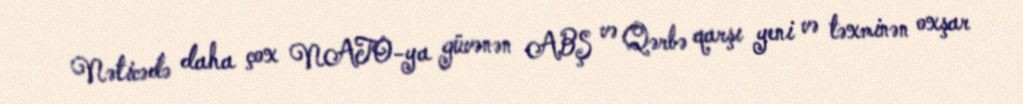
Nəticədə daha çox NATO-ya güvənən ABŞ və Qərbə qarşı yeni və təxminən oxşar